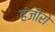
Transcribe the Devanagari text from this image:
हंजीरो